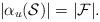
LaTeX: \begin{align*}|\alpha_u(\mathcal{S})| = |\mathcal{F}|.\end{align*}